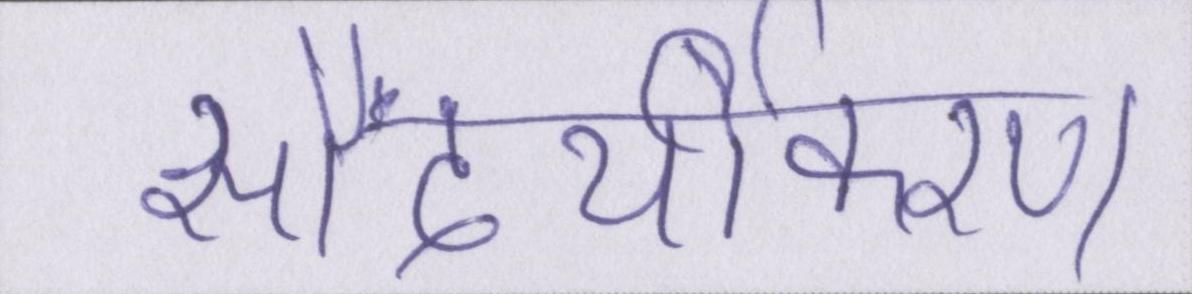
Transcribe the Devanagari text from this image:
सौंदर्यीकरण